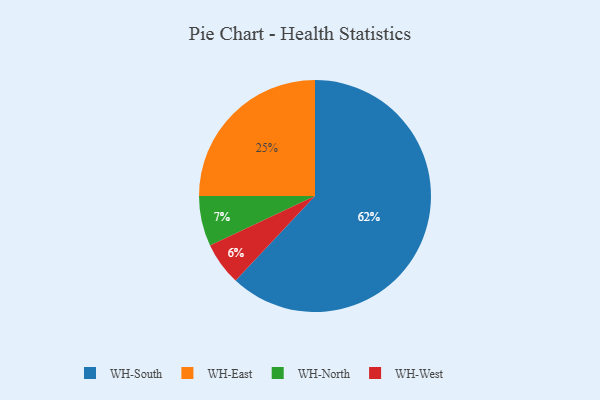
{"axis": {"x": "Category", "y": "Percentage"}, "legend": ["WH-East", "WH-North", "WH-South", "WH-West"], "data": [{"x": "WH-East", "y": 25, "type": "WH-East"}, {"x": "WH-South", "y": 62, "type": "WH-South"}, {"x": "WH-North", "y": 7, "type": "WH-North"}, {"x": "WH-West", "y": 6, "type": "WH-West"}]}